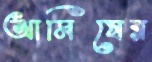
আমিষের